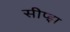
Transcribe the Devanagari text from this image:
सीप्झ